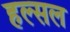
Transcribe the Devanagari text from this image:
हल्सल